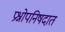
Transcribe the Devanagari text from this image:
प्रश्नोपनिषदात